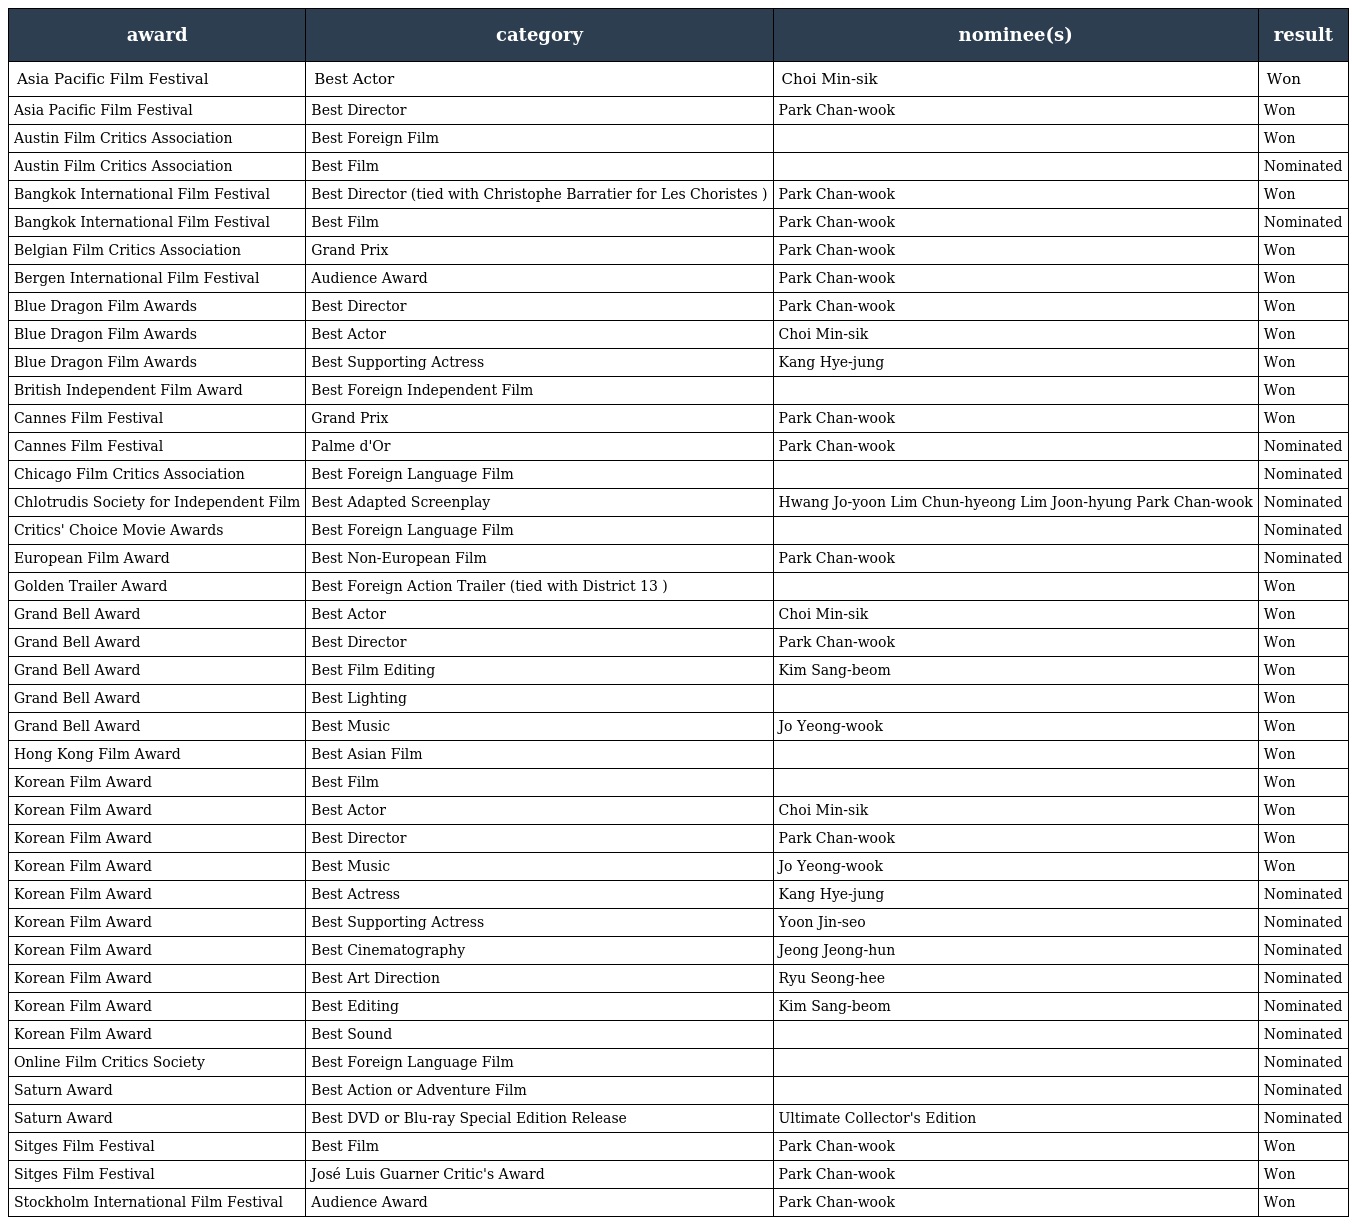
| award | category | nominee(s) | result |
 | --- | --- | --- | --- |
 | Asia Pacific Film Festival | Best Actor | Choi Min-sik | Won |
 | Asia Pacific Film Festival | Best Director | Park Chan-wook | Won |
 | Austin Film Critics Association | Best Foreign Film |  | Won |
 | Austin Film Critics Association | Best Film |  | Nominated |
 | Bangkok International Film Festival | Best Director (tied with Christophe Barratier for Les Choristes ) | Park Chan-wook | Won |
 | Bangkok International Film Festival | Best Film | Park Chan-wook | Nominated |
 | Belgian Film Critics Association | Grand Prix | Park Chan-wook | Won |
 | Bergen International Film Festival | Audience Award | Park Chan-wook | Won |
 | Blue Dragon Film Awards | Best Director | Park Chan-wook | Won |
 | Blue Dragon Film Awards | Best Actor | Choi Min-sik | Won |
 | Blue Dragon Film Awards | Best Supporting Actress | Kang Hye-jung | Won |
 | British Independent Film Award | Best Foreign Independent Film |  | Won |
 | Cannes Film Festival | Grand Prix | Park Chan-wook | Won |
 | Cannes Film Festival | Palme d'Or | Park Chan-wook | Nominated |
 | Chicago Film Critics Association | Best Foreign Language Film |  | Nominated |
 | Chlotrudis Society for Independent Film | Best Adapted Screenplay | Hwang Jo-yoon Lim Chun-hyeong Lim Joon-hyung Park Chan-wook | Nominated |
 | Critics' Choice Movie Awards | Best Foreign Language Film |  | Nominated |
 | European Film Award | Best Non-European Film | Park Chan-wook | Nominated |
 | Golden Trailer Award | Best Foreign Action Trailer (tied with District 13 ) |  | Won |
 | Grand Bell Award | Best Actor | Choi Min-sik | Won |
 | Grand Bell Award | Best Director | Park Chan-wook | Won |
 | Grand Bell Award | Best Film Editing | Kim Sang-beom | Won |
 | Grand Bell Award | Best Lighting |  | Won |
 | Grand Bell Award | Best Music | Jo Yeong-wook | Won |
 | Hong Kong Film Award | Best Asian Film |  | Won |
 | Korean Film Award | Best Film |  | Won |
 | Korean Film Award | Best Actor | Choi Min-sik | Won |
 | Korean Film Award | Best Director | Park Chan-wook | Won |
 | Korean Film Award | Best Music | Jo Yeong-wook | Won |
 | Korean Film Award | Best Actress | Kang Hye-jung | Nominated |
 | Korean Film Award | Best Supporting Actress | Yoon Jin-seo | Nominated |
 | Korean Film Award | Best Cinematography | Jeong Jeong-hun | Nominated |
 | Korean Film Award | Best Art Direction | Ryu Seong-hee | Nominated |
 | Korean Film Award | Best Editing | Kim Sang-beom | Nominated |
 | Korean Film Award | Best Sound |  | Nominated |
 | Online Film Critics Society | Best Foreign Language Film |  | Nominated |
 | Saturn Award | Best Action or Adventure Film |  | Nominated |
 | Saturn Award | Best DVD or Blu-ray Special Edition Release | Ultimate Collector's Edition | Nominated |
 | Sitges Film Festival | Best Film | Park Chan-wook | Won |
 | Sitges Film Festival | José Luis Guarner Critic's Award | Park Chan-wook | Won |
 | Stockholm International Film Festival | Audience Award | Park Chan-wook | Won |